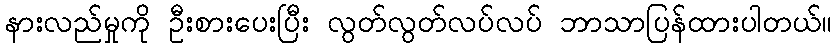
နားလည်မှုကို ဦးစားပေးပြီး လွတ်လွတ်လပ်လပ် ဘာသာပြန်ထားပါတယ်။